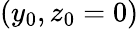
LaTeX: (y_{0},z_{0}=0)